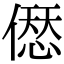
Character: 𠍴